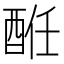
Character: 𨠲